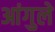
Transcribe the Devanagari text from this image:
आंगुले